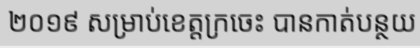
២០១៩ សម្រាប់ខេត្តក្រចេះ បានកាត់បន្ថយ